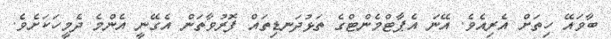
ބާވައޭ ހިތަށް އެރިއެވެ. އޭނަ އެޕާޓްމެންޓްގެ ތަޅުދަނޑިތައް ފޮރުވާތަން އެގޭނީ އެންމެ ދެމީހަކަށެވެ.